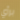
برأي